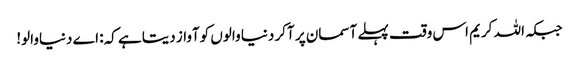
جبکہ اللہ کریم اس وقت پہلے آسمان پر آکر دنیا والوں کوآواز دیتا ہے کہ: اے دنیاوالو!